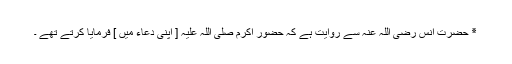
٭ حضرت انس رضی اللہ عنہ سے روایت ہے کہ حضور اکرم صلی اللہ علیہ [ اپنی دعاء میں ] فرمایا کرتے تھے ۔